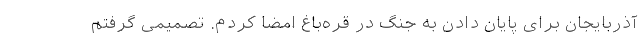
آذربایجان برای پایان دادن به جنگ در قره‌باغ امضا کردم. تصمیمی گرفتم